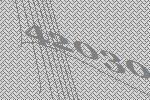
42030